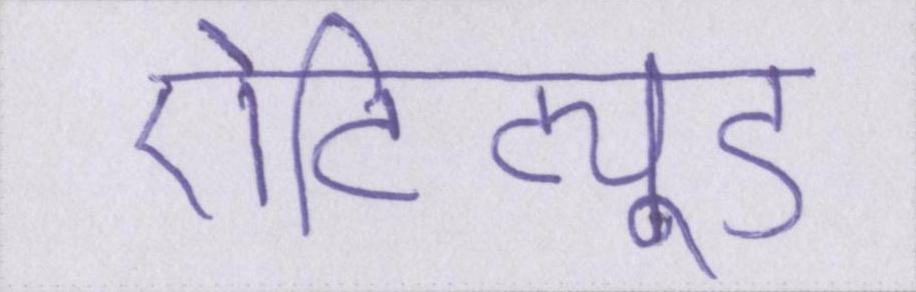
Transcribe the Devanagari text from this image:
ऐटिट्यूड